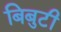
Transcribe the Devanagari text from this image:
बिबुटी